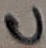
Text: C